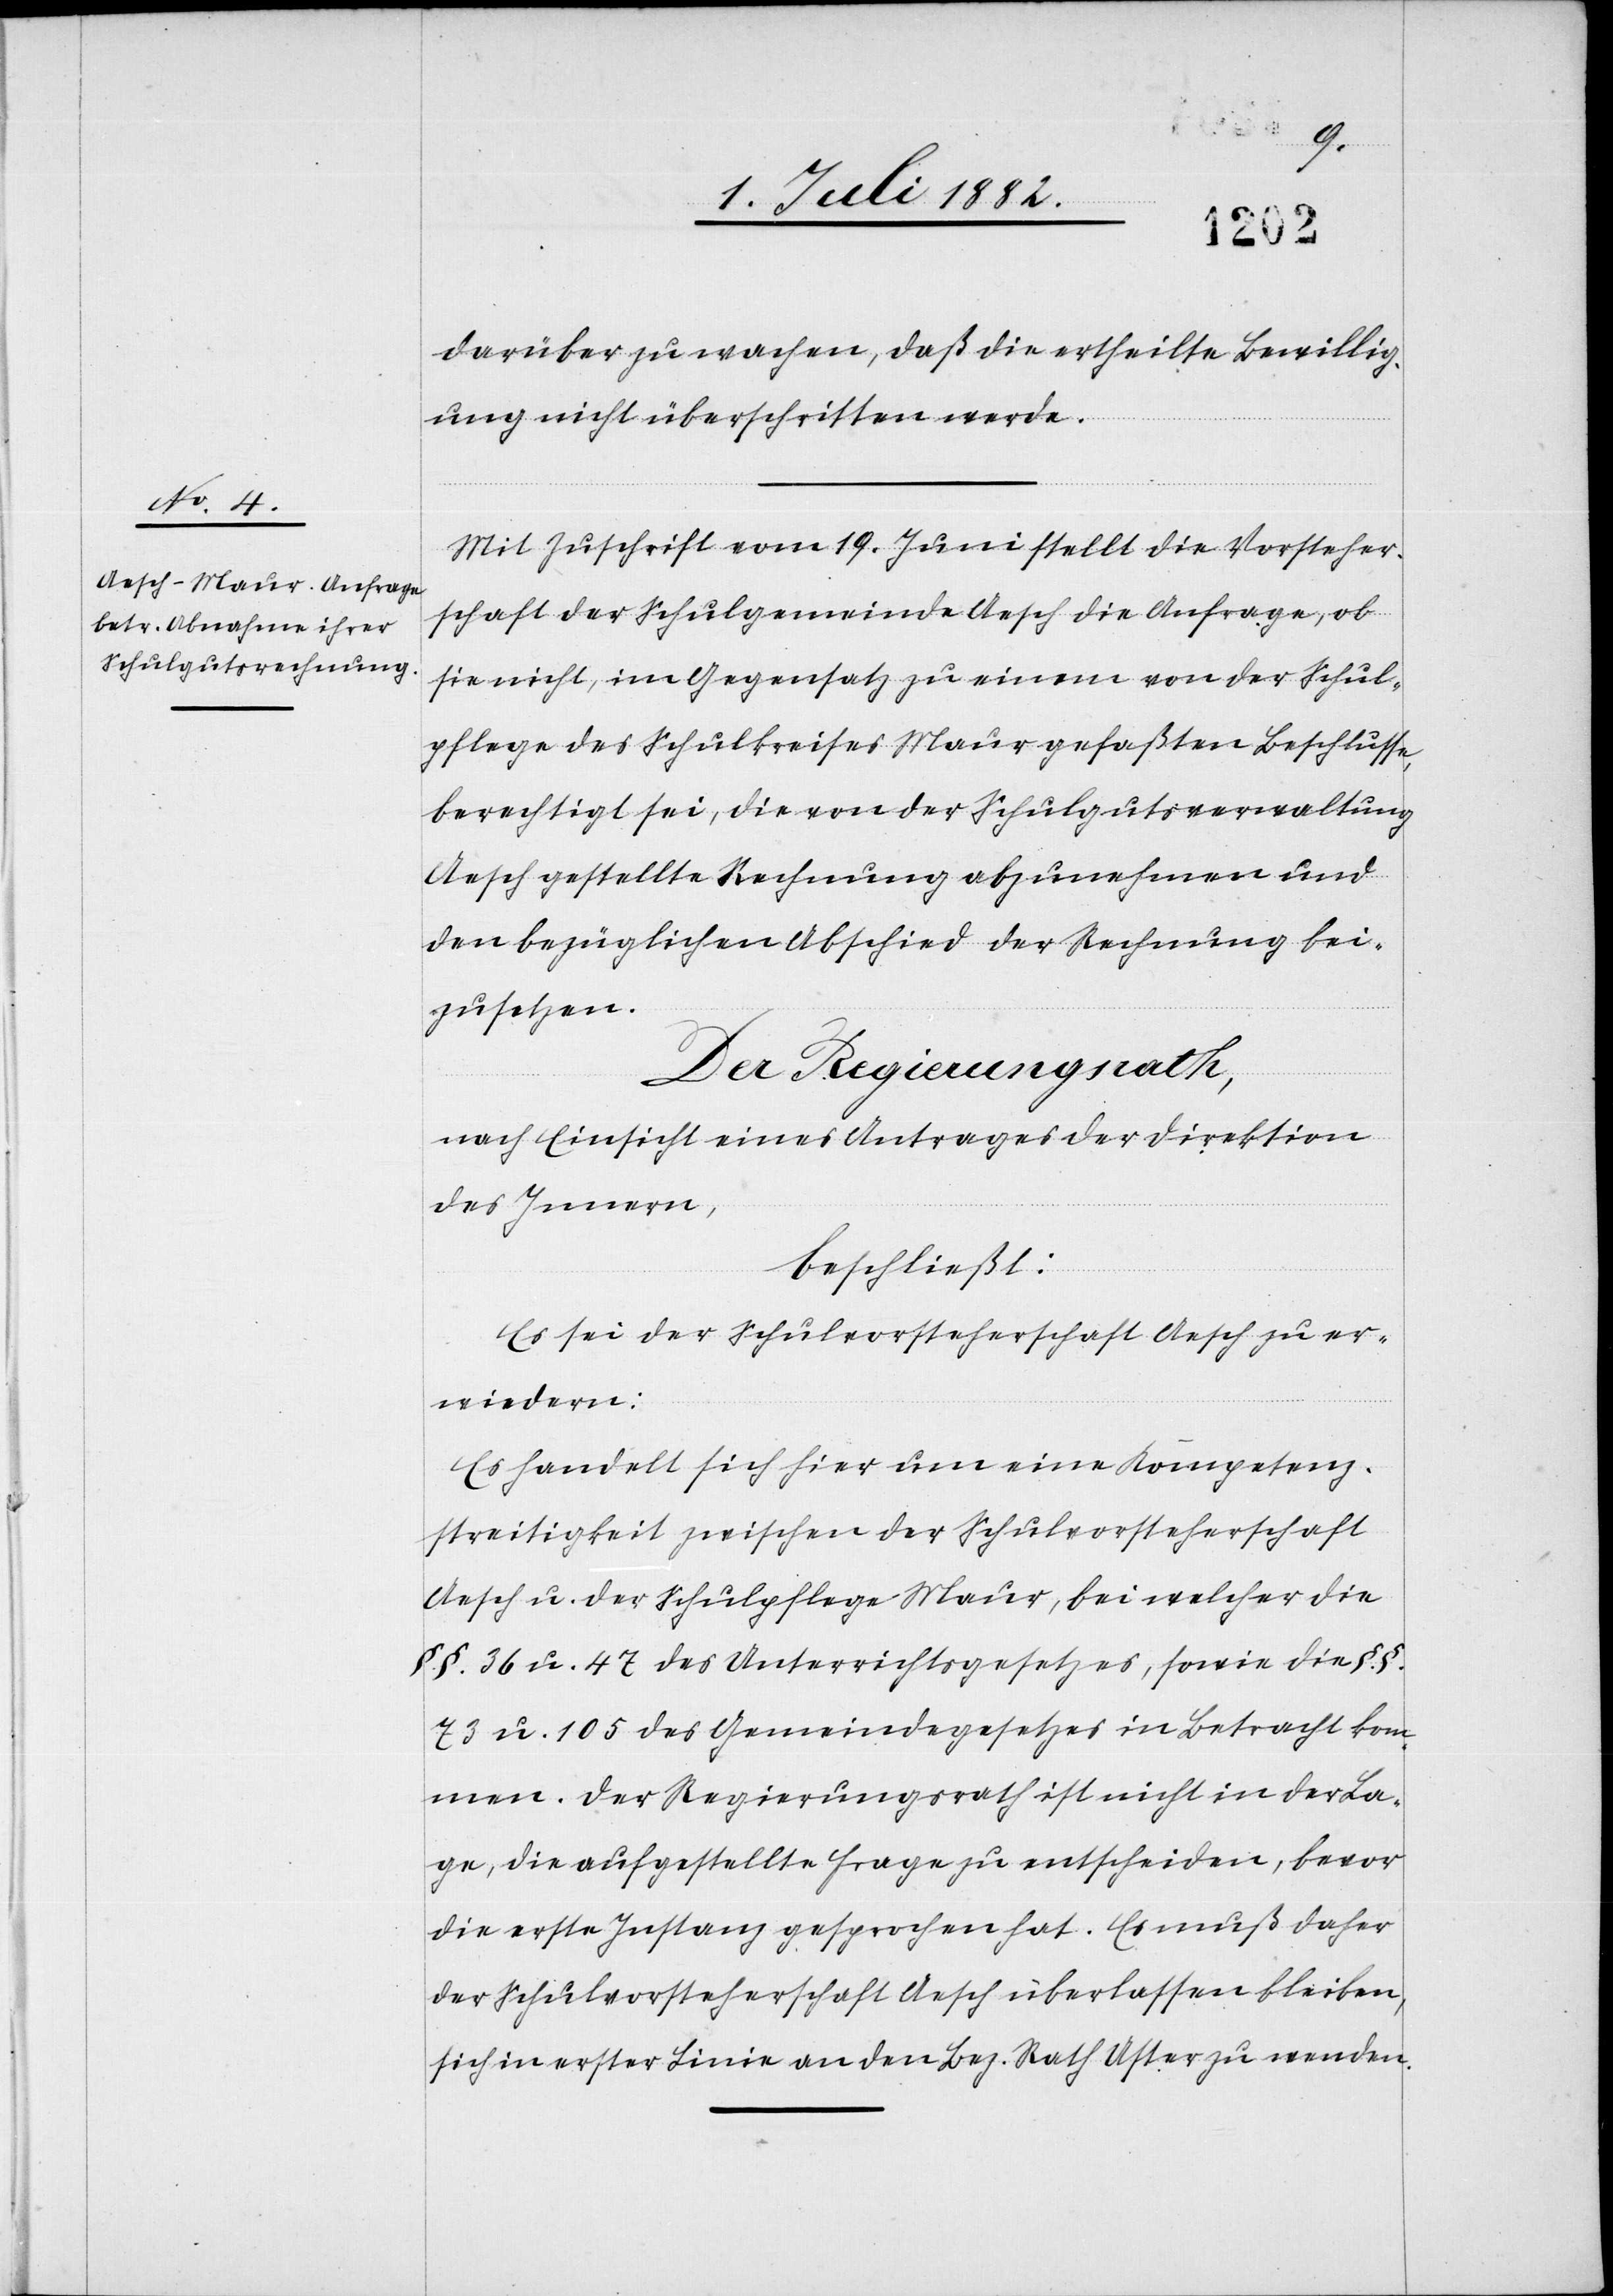
darüber zu wachen, daß die ertheilte Bewillig¬
ung nicht überschritten werde.
Mit Zuschrift vom 19. Juni stellt die Vorsteher¬
schaft der Schulgemeinde Aesch die Anfrage, ob
sie nicht, im Gegensatz zu einem von der Schul¬
pflege des Schulkreises Maur gefaßten Beschlusse,
berechtigt sei, die von der Schulgutsverwaltung
Aesch gestellte Rechnung abzunehmen und
den bezüglichen Abschied der Rechnung bei¬
zusetzen.
Der Regierungsrath,
nach Einsicht eines Antrages der Direktion
des Innern,
beschließt:
Es sei der Schulvorsteherschaft Aesch zu er¬
wiedern:
Es handelt sich hier um eine Kompetenz¬
streitigkeit zwischen der Schulvorsteherschaft
Aesch u. der Schulpflege Maur, bei welcher die
§.§. 36 u. 47 des Unterrichtsgesetzes, sowie die §.§.
73 u. 105 des Gemeindegesetzes in Betracht kom¬
men. Der Regierungsrath ist nicht in der La¬
ge, die aufgestellte Frage zu entscheiden, bevor
die erste Instanz gesprochen hat. Es muß daher
der Schulvorsteherschaft Aesch überlassen bleiben,
sich in erster Linie an den Bez. Rath Uster zu wenden.